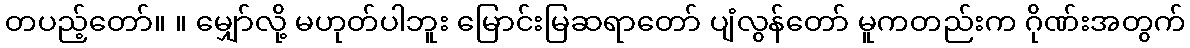
တပည့်တော်။ ။ မျှော်လို့ မဟုတ်ပါဘူး မြောင်းမြဆရာတော် ပျံလွန်တော် မူကတည်းက ဂိုဏ်းအတွက်